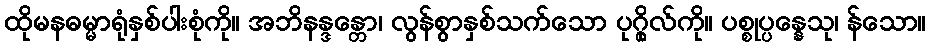
ထိုမနဓမ္မာရုံနှစ်ပါးစုံကို။ အဘိနန္ဒန္တော၊ လွန်စွာနှစ်သက်သော ပုဂ္ဂိုလ်ကို။ ပစ္စုပ္ပန္နေသု၊ န်သော။